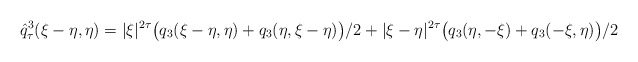
\begin{align*}\hat{q}_\tau^3(\xi-\eta, \eta) = |\xi|^{2\tau}\big(q_3(\xi-\eta, \eta)+ q_3(\eta, \xi-\eta) \big)/2+|\xi-\eta|^{2\tau} \big( q_3(\eta, -\xi)+q_3(-\xi, \eta)\big)/2\end{align*}